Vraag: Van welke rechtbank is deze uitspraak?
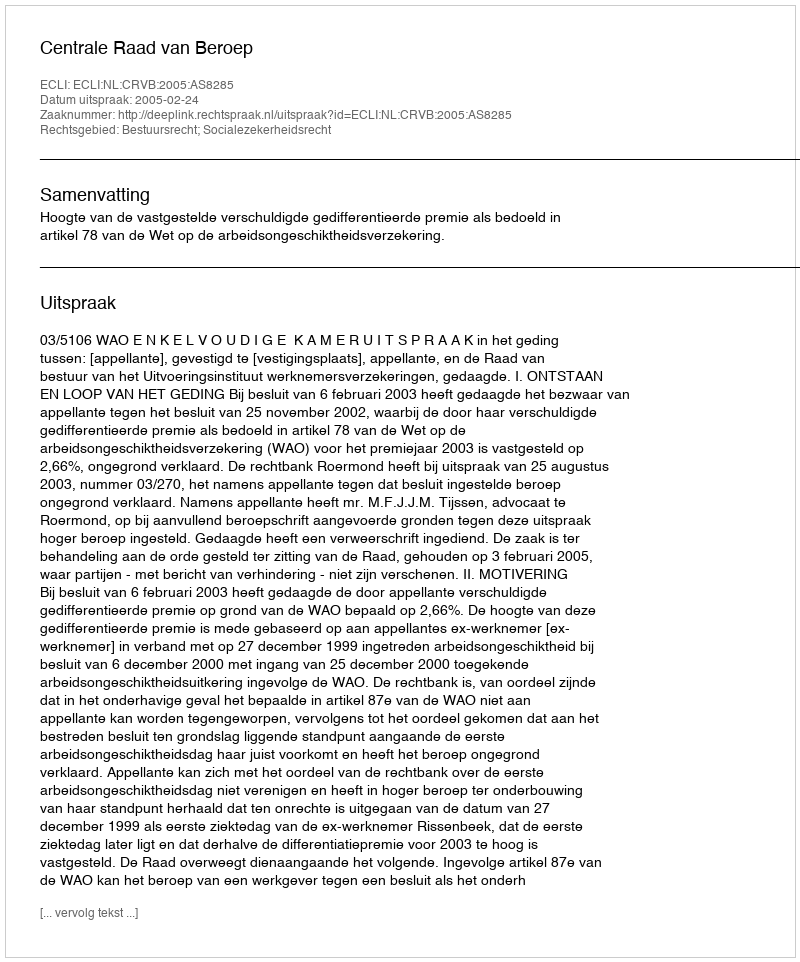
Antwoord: Centrale Raad van Beroep